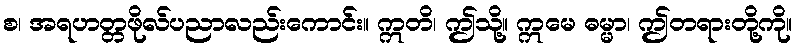
စ၊ အရဟတ္တဖိုလ်ပညာလည်းကောင်း။ ဣတိ၊ ဤသို့။ ဣမေ ဓမ္မာ၊ ဤတရားတို့ကို။